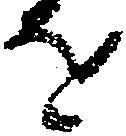
を